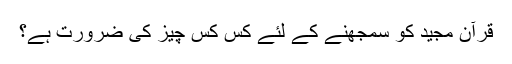
قرآن مجید کو سمجھنے کے لئے کس کس چیز کی ضرورت ہے؟